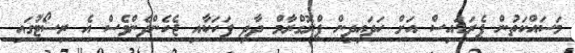
މަސައްކަތުން ޕެރަޑައިސް އަށް ހަދައިދިން ޕްރޮގްރާމް ދާދި ފަހަކާއި ޖެހެންދެންވެސް އެ ރިސޯޓުގައި